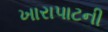
ખારાપાટની